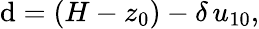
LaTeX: \mathrm{d}=(H-z_{0})-\delta\, u_{10},